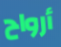
أرواح